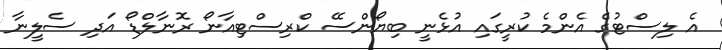
އެ ލިސްޓުގެ އެންމެ ކުރީގައި އުޅެނީ ބިޔޯންސޭ ކްރިސްޓިއާނޯ ރޮނާލްޑޯ އަދި ސެލީނާ